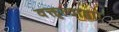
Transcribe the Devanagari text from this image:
वक्तृत्वाद्वारे